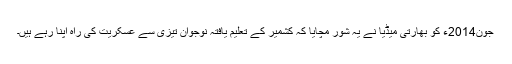
جون2014ء کو بھارتی میڈیا نے یہ شور مچایا کہ کشمیر کے تعلیم یافتہ نوجوان تیزی سے عسکریت کی راہ اپنا رہے ہیں۔